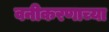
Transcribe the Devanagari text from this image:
वनीकरणाच्या